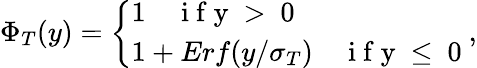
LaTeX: \Phi_{T}(y)=\left\{ \begin{array}{ll}{1\quad\mathrm{~i~f~y~>~0~}}\\ {1+Erf(y/\sigma_{T})\quad\mathrm{~i~f~y~\le~0~}}\end{array}\right.,